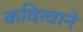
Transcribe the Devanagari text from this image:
कवित्वाने